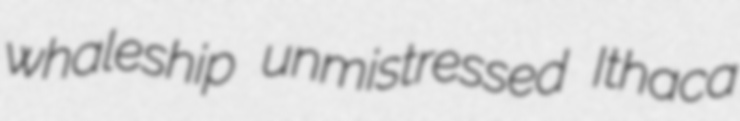
whaleship unmistressed Ithaca